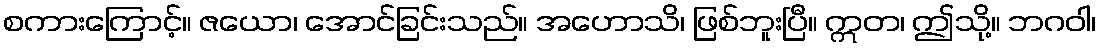
စကားကြောင့်။ ဇယော၊ အောင်ခြင်းသည်။ အဟောသိ၊ ဖြစ်ဘူးပြီ။ ဣတ၊ ဤသို့။ ဘဂဝါ၊